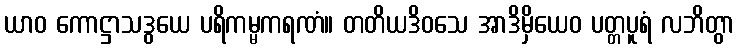
ယာဝ ကောဋ္ဌာသဒွယေ ပရိကမ္မကရဏံ။ တတိယဒိဝသေ အာဒိမှိယေဝ ပတ္တပူရံ လဘိတွာ